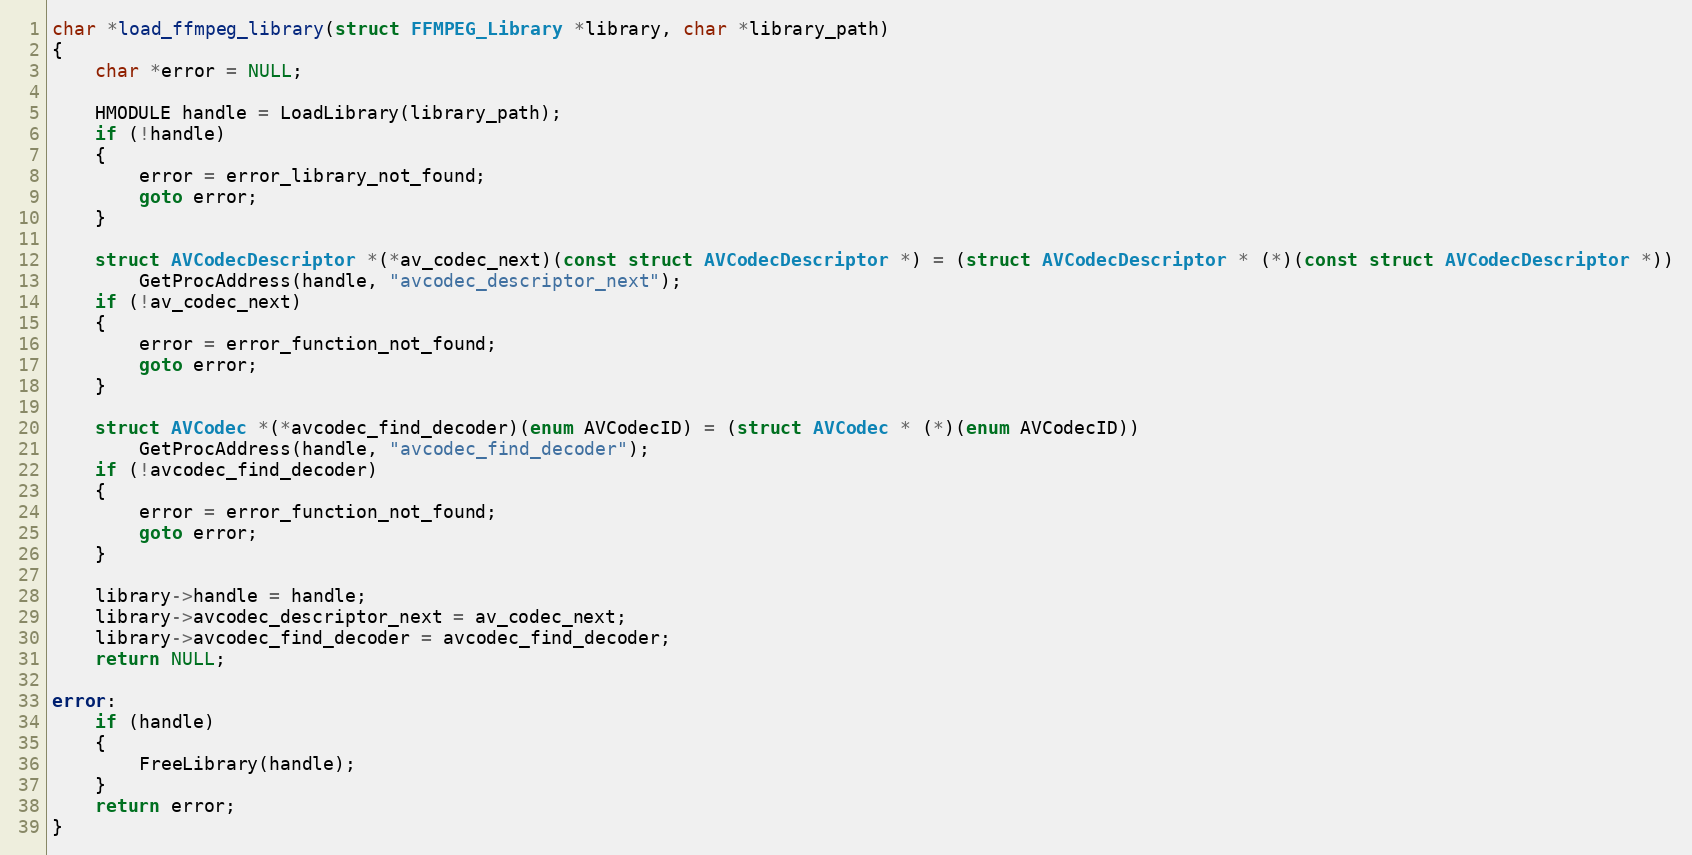
Language: C
char *load_ffmpeg_library(struct FFMPEG_Library *library, char *library_path)
{
    char *error = NULL;

    HMODULE handle = LoadLibrary(library_path);
    if (!handle)
    {
        error = error_library_not_found;
        goto error;
    }

    struct AVCodecDescriptor *(*av_codec_next)(const struct AVCodecDescriptor *) = (struct AVCodecDescriptor * (*)(const struct AVCodecDescriptor *))
        GetProcAddress(handle, "avcodec_descriptor_next");
    if (!av_codec_next)
    {
        error = error_function_not_found;
        goto error;
    }

    struct AVCodec *(*avcodec_find_decoder)(enum AVCodecID) = (struct AVCodec * (*)(enum AVCodecID))
        GetProcAddress(handle, "avcodec_find_decoder");
    if (!avcodec_find_decoder)
    {
        error = error_function_not_found;
        goto error;
    }

    library->handle = handle;
    library->avcodec_descriptor_next = av_codec_next;
    library->avcodec_find_decoder = avcodec_find_decoder;
    return NULL;

error:
    if (handle)
    {
        FreeLibrary(handle);
    }
    return error;
}